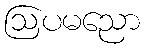
ဩပမညော